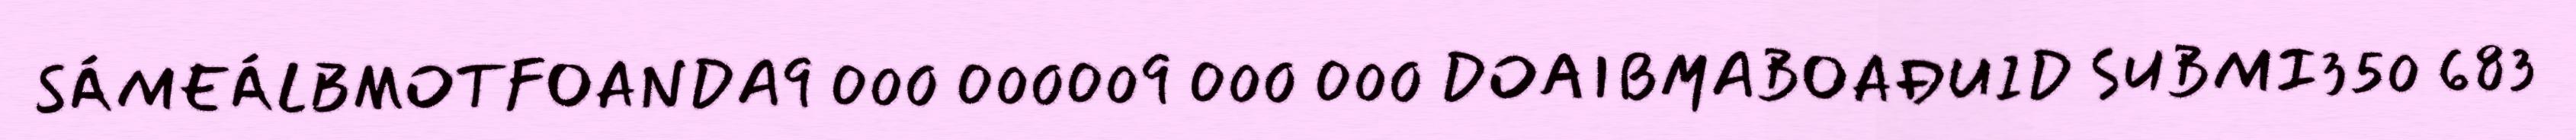
SÁMEÁLBMOTFOANDA9 000 000009 000 000 DOAIBMABOAĐUID SUBMI350 683